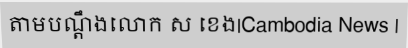
តាមបណ្តឹងលោក ស ខេង|Cambodia News |